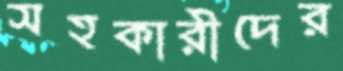
সহকারীদের